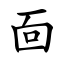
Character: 靣